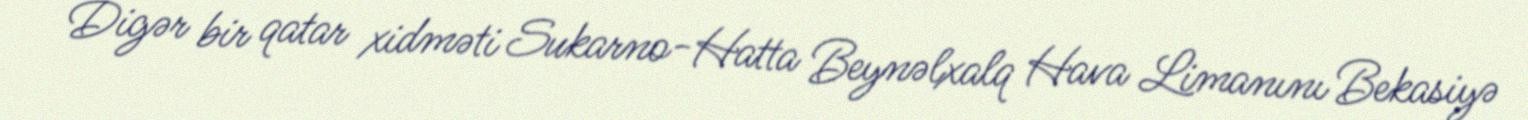
Digər bir qatar xidməti Sukarno-Hatta Beynəlxalq Hava Limanını Bekasiyə